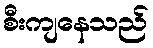
စီးကျနေသည်